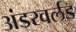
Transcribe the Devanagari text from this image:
अंडरवर्लड